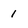
Character: 1